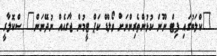
"ކްލަބުގައި ފިޓް ނޫން ކުޅުންތެރިންނަށް ވޯލްޑް ކަޕް ޓީމުން ޖާގައެއް ނުދޭނަން" ސްކޮލާރީ